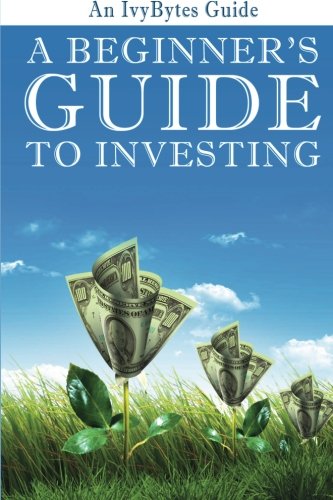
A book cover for A Beginner's Guide to Investing: How to Grow Your Money the Smart and Easy Way; Alex H Frey; Business & Money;